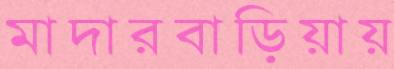
মাদারবাড়িয়ায়